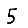
Digit: 5